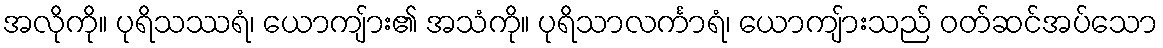
အလိုကို။ ပုရိသဿရံ၊ ယောကျ်ား၏ အသံကို။ ပုရိသာလင်္ကာရံ၊ ယောကျ်ားသည် ဝတ်ဆင်အပ်သော